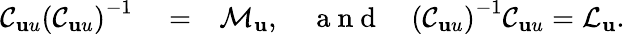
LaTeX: \begin{array}{rlr}{\mathcal{C}_{\mathbf uu}\left(\mathcal{C}_{\mathbf uu}\right)^{-1}}&{{}=}&{\mathcal{M}_{\mathbf u},\quad\mathrm{~a~n~d~}\quad\left(\mathcal{C}_{\mathbf uu}\right)^{-1}\mathcal{C}_{\mathbf uu}=\mathcal{L}_{\mathbf u}.}\end{array}